Tezpur Lunatic Asylum reports 1877-1894 - 1877-1894
Year: 1877
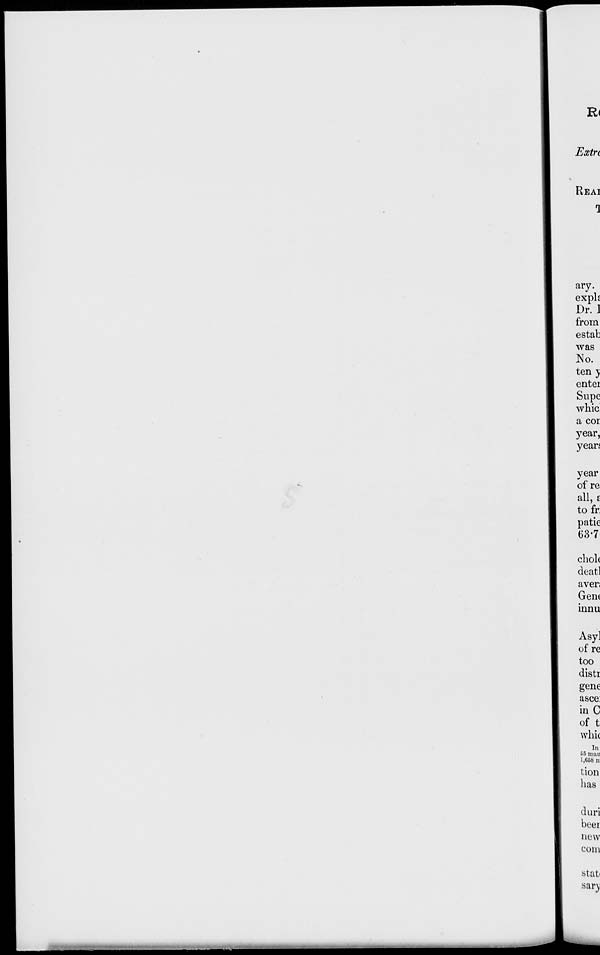
Extrc
REAI
1
ary.
exph
Dr.]
from
estab
was
No.
ten y
enter
Supe
whic
a cor
year,
years
year
of re
all, £
to fr:
patie
63*7
cliol(
deatl
aven
Gem
innu
Asy]
of re
too
distr
gene
asce:
in C
of t
whic
In
55 man
1,66b n
tion
has
duri
beer
new
com
stat
sarv